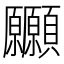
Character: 𩖒